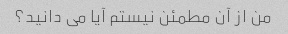
من از آن مطمئن نیستم آیا می دانید؟